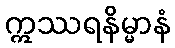
ဣဿရနိမ္မာနံ